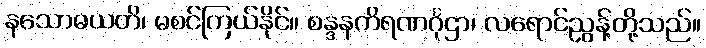
နသောဓယတိ၊ မစင်ကြယ်နိုင်။ စန္ဒနကိရဏင်္ဂုဌာ၊ လရောင်ညွန့်တို့သည်။